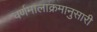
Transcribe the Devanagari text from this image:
वर्णमालाक्रमानुसारी